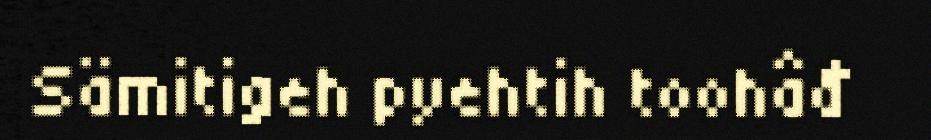
Sämitigeh pyehtih toohâđ